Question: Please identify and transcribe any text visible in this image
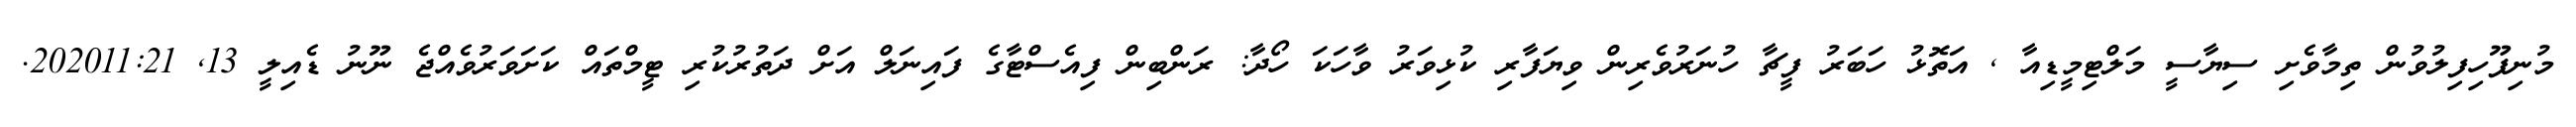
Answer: މުނިފޫހިފިލުވުން ތިމާވެށި ސިޔާސީ މަލްޓިމީޑިއާ , އަތޮޅު ހަބަރު ފީޗާ ހުނަރުވެރިން ވިޔަފާރި ކުޅިވަރު ވާހަކަ ހޯދާ: ރަންބިން ފިއެސްޓާގެ ފައިނަލް އަށް ދަތުރުކުރި ޓީމްތައް ކަށަވަރުވެއްޖެ ނޫނު ޑެއިލީ 13, 202011:21.